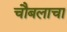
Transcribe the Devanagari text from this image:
चौबलाचा